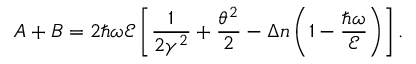
A + B = 2 \hbar \omega \mathcal { E } \left[ \frac { 1 } { 2 \gamma ^ { 2 } } + \frac { \theta ^ { 2 } } { 2 } - \Delta n \left( 1 - \frac { \hbar \omega } { \mathcal { E } } \right) \right] .